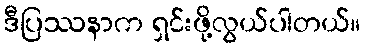
ဒီပြဿနာက ရှင်းဖို့လွယ်ပါတယ်။